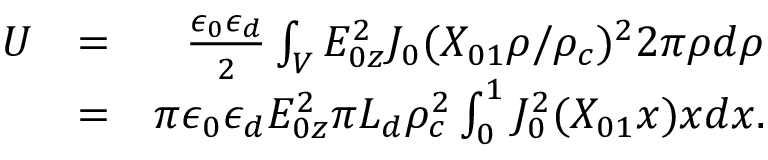
\begin{array} { r l r } { U } & { = } & { \frac { \epsilon _ { 0 } \epsilon _ { d } } { 2 } \int _ { V } E _ { 0 z } ^ { 2 } J _ { 0 } ( X _ { 0 1 } \rho / \rho _ { c } ) ^ { 2 } 2 \pi \rho d \rho } \\ & { = } & { \pi \epsilon _ { 0 } \epsilon _ { d } E _ { 0 z } ^ { 2 } \pi L _ { d } \rho _ { c } ^ { 2 } \int _ { 0 } ^ { 1 } J _ { 0 } ^ { 2 } ( X _ { 0 1 } x ) x d x . } \end{array}